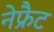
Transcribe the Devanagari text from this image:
नेफ्रैट